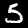
Label: 5